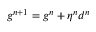
g ^ { n + 1 } = g ^ { n } + \eta ^ { n } d ^ { n }